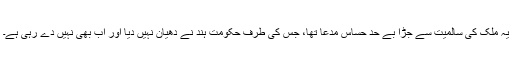
یہ ملک کی سالمیت سے جڑا بے حد حساس مدعا تھا، جس کی طرف حکومت ہند نے دھیان نہیں دیا اور اب بھی نہیں دے رہی ہے۔